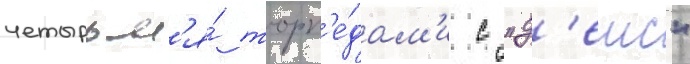
четырьм'я́ торп'е́дам'и с "д'еис"